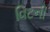
વિટની